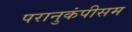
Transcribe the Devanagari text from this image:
परानुकंपीसम